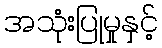
အသုံးပြုမှုနှင့်